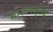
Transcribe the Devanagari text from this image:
मारण्याइतके